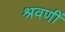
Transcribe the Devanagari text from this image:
श्रवणीं